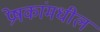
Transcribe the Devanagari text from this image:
प्रेषकांमधील